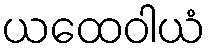
ယထေဝါယံ